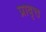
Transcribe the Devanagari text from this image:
प्रावृत्त